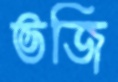
ভজি